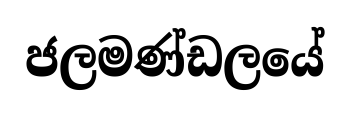
ජලමණ්ඩලයේ